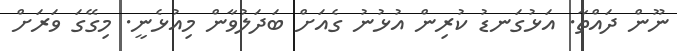
ނޫން ދައްތާ. އަޅުގަނޑު ކުރިން އުޅުނު ގެއަށް ބަދަލުވާން މިއުޅެނީ. މިގޭގަ ވަރަށް